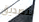
بتصديق